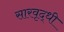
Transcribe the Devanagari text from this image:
सारवृद्धी